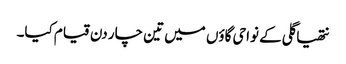
نتھیا گلی کے نواحی گاؤں میں تین چار دن قیام کیا۔